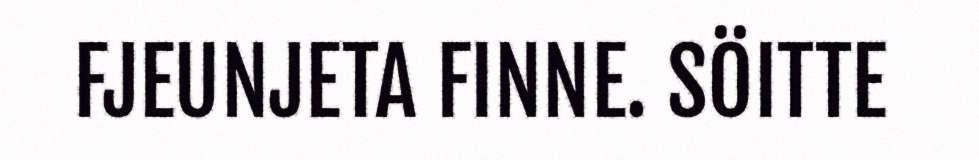
FJEUNJETA FINNE. SÖITTE